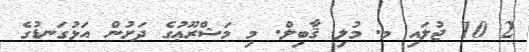
2 10 ޖުލައި މ. މުލި ޤާބިލް. މި މަޝްރޫޢުގެ ދަށުން އަޅުގަނޑުގެ